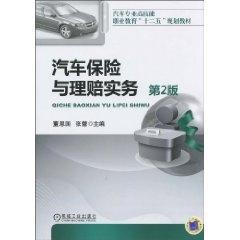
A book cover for Automotive insurance and claims practice (2); DONG EN GUO ?ZHANG LEI; Engineering & Transportation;